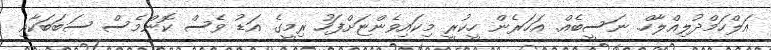
އަލްހަމްދުލިއްލާހް. ނަސީބެއް. އަހަރެން ހީކުރީ މިކައިވެންޏަށްފަހު ރިމީގެ އަޑު ވެސް ކޮންމެސް ސަބަބަކާއި